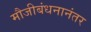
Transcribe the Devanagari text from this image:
मौजीबंधनानंतर